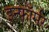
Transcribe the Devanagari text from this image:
इन्फॉर्मर